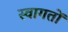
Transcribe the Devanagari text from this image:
स्वागतों